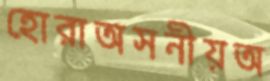
হোরাঅসনীয়অ